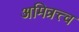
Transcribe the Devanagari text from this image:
अमित्रत्त्व